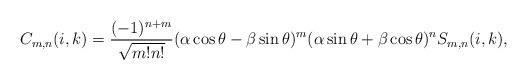
LaTeX: \begin{align*}C_{m,n}(i,k)=\frac{(-1)^{n+m}}{\sqrt{m!n!}}(\alpha \cos\theta-\beta \sin\theta)^{m}(\alpha\sin \theta+\beta \cos\theta)^{n}S_{m,n}(i,k),\end{align*}